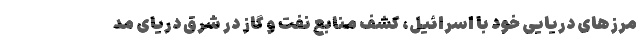
مرزهای دریایی خود با اسرائیل، کشف منابع نفت و گاز در شرق دریای مد